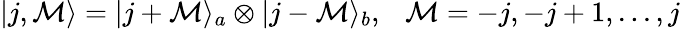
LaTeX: |j,\mathcal{M}\rangle=|j+\mathcal{M}\rangle_{a}\otimes|j-\mathcal{M}\rangle_{b},\ \ \ \mathcal{M}=-j,-j+1,...,j